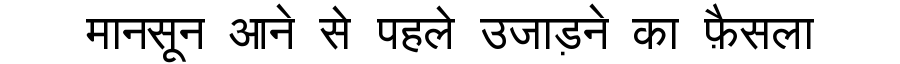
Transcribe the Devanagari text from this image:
मानसून आने से पहले उजाड़ने का फ़ैसला